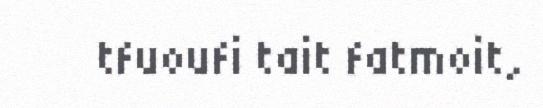
tfuoufi tait fatmoit,